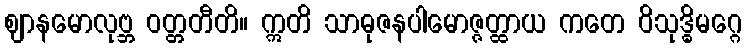
ဈာနမောလုဗ္ဘ ဝတ္တတီတိ။ ဣတိ သာဓုဇနပါမောဇ္ဇတ္ထာယ ကတေ ဝိသုဒ္ဓိမဂ္ဂေ